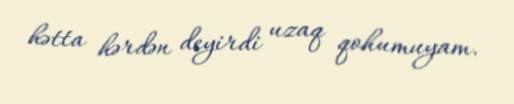
hətta hərdən deyirdi uzaq qohumuyam.